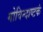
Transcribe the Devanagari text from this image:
गोविन्दाष्टकं